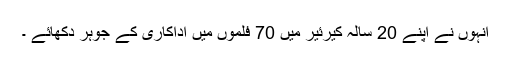
انہوں نے اپنے 20 سالہ کیرئیر میں 70 فلموں میں اداکاری کے جوہر دکھائے ۔